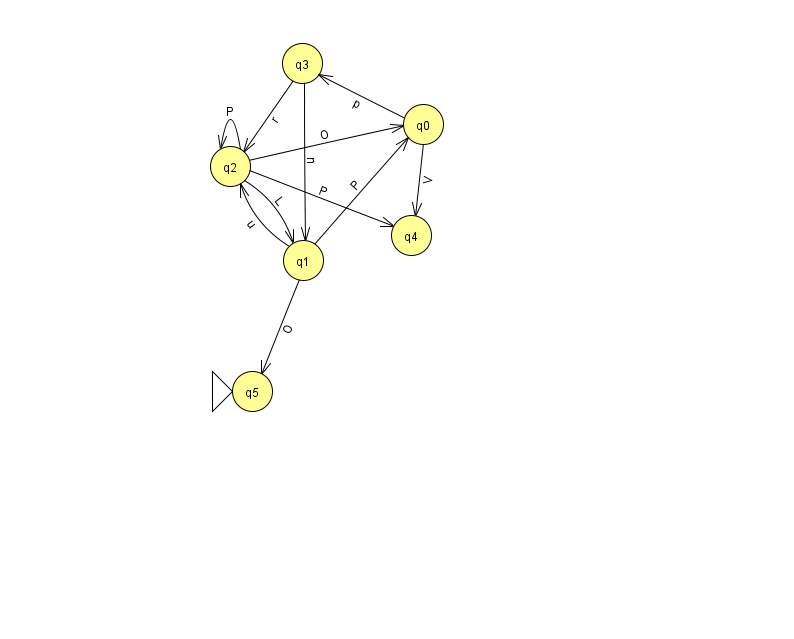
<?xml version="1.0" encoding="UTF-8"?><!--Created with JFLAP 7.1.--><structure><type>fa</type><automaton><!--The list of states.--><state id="0" name="q0"><x>423.0</x><y>111.0</y></state><state id="1" name="q1"><x>303.0</x><y>247.0</y></state><state id="2" name="q2"><x>230.0</x><y>153.0</y></state><state id="3" name="q3"><x>302.0</x><y>50.0</y></state><state id="4" name="q4"><x>411.0</x><y>222.0</y></state><state id="5" name="q5"><x>252.0</x><y>378.0</y><initial/></state><!--The list of transitions.--><transition><from>0</from><to>4</to><read>V</read></transition><transition><from>1</from><to>2</to><read>u</read></transition><transition><from>2</from><to>2</to><read>P</read></transition><transition><from>3</from><to>1</to><read>n</read></transition><transition><from>0</from><to>3</to><read>p</read></transition><transition><from>1</from><to>5</to><read>O</read></transition><transition><from>2</from><to>0</to><read>O</read></transition><transition><from>3</from><to>2</to><read>r</read></transition><transition><from>2</from><to>1</to><read>L</read></transition><transition><from>1</from><to>0</to><read>P</read></transition><transition><from>2</from><to>4</to><read>P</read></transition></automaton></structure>